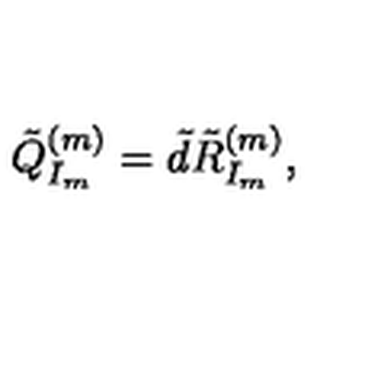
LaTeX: \tilde { Q } _ { I _ { m } } ^ { ( m ) } = \tilde { d } \tilde { R } _ { I _ { m } } ^ { ( m ) } ,